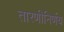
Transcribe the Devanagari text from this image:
तारणीनिर्णय